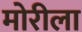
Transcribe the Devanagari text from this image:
मोरीला